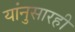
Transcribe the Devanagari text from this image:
यांनुसारही